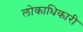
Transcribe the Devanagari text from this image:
लोकाधिकारी